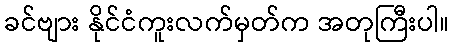
ခင်ဗျား နိုင်ငံကူးလက်မှတ်က အတုကြီးပါ။